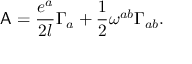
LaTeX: { \sf A } = \frac { e ^ { a } } { 2 l } \Gamma _ { a } + \frac { 1 } { 2 } \omega ^ { a b } \Gamma _ { a b } .